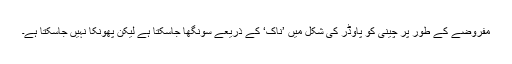
مفروضے کے طور پر چینی کو پاوڈر کی شکل میں ’ناک‘ کے ذریعے سونگھا جاسکتا ہے لیکن پھونکا نہیں جاسکتا ہے۔